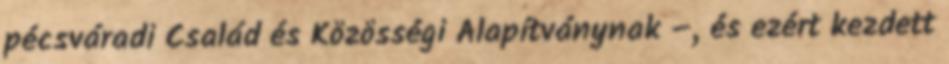
pécsváradi Család és Közösségi Alapítványnak –, és ezért kezdett